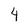
Character: 4